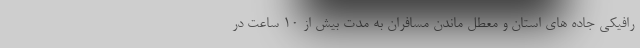
رافیکی جاده های استان و معطل ماندن مسافران به مدت بیش از ۱۰ ساعت در